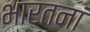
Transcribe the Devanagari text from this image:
भारतनां